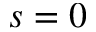
s = 0